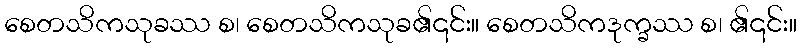
စေတသိကသုခဿ စ၊ စေတသိကသုခ၏၎င်း။ စေတသိကဒုက္ခဿ စ၊ ၏၎င်း။